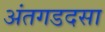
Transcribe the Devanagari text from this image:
अंतगडदसा